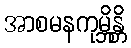
အာစမနကုမ္ဘိန္တိ